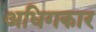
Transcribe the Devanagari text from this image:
अधिगकार